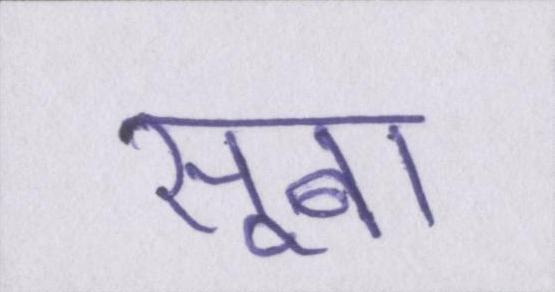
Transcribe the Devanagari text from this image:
सूबा